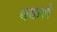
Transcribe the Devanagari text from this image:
वळलं